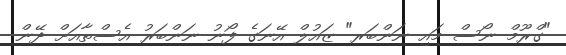
"ގްރޫމް ނޯސް މައި ނަންބަރ" ޒައުލް އޭނަގެ ފޯނު ނަންބަރު އެސްތާއަށް ދޭން